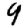
Digit: 9